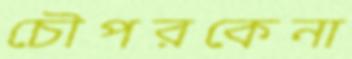
চৌপরকেনা